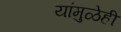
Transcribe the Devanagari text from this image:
यांमुळेही